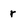
Character: r